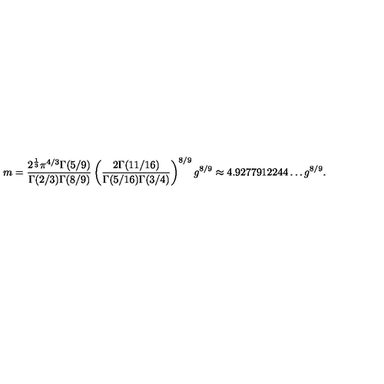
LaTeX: m = { \frac { 2 ^ { \frac { 1 } { 3 } } \pi ^ { 4 / 3 } \Gamma ( 5 / 9 ) } { \Gamma ( 2 / 3 ) \Gamma ( 8 / 9 ) } } \left( { \frac { 2 \Gamma ( 1 1 / 1 6 ) } { \Gamma ( 5 / 1 6 ) \Gamma ( 3 / 4 ) } } \right) ^ { 8 / 9 } g ^ { 8 / 9 } \approx 4 . 9 2 7 7 9 1 2 2 4 4 \ldots g ^ { 8 / 9 } .